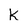
Character: k